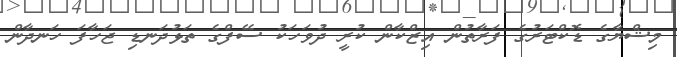
މިޝްޔާގެ ޑޮކްޓަރުގެ ފަރާތުން އިޒްކާން ކުރީ ދުވަހަކު ސޭފްގެ ތަޅުދަނޑި ޖަހާފަ ހަނދާން